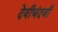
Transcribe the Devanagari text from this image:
देवीचंदजी